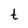
Character: t